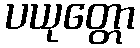
ပယုတ္တော